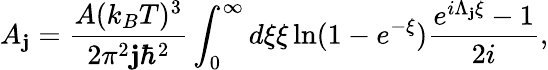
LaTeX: A_{\mathbf{j}}=\frac{{A(k_{B}T)^{3}}}{{2\pi^{2}\mathbf{j}\hbar^{2}}}\int_{0}^{\infty}d\xi\xi\ln(1-e^{-\xi})\frac{{e^{i\Lambda_{\mathbf{j}}\xi}-1}}{{2i}},